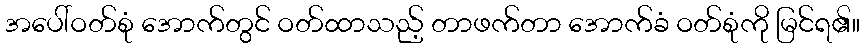
အပေါ်ဝတ်စုံ အောက်တွင် ဝတ်ထာသည့် တာဖက်တာ အောက်ခံ ဝတ်စုံကို မြင်ရ၏။